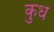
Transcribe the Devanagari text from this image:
कुध